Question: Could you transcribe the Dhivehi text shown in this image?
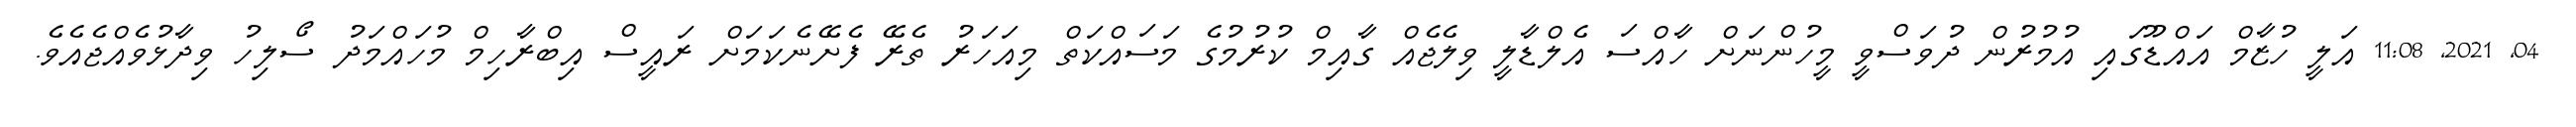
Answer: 04, 2021, 11:08 އަލީ ހުޒާމް އައްޑޫގައި އުމުރުން ދުވަސްވީ މީހުންނަށް ހާއްސަ އެލްޑާލީ ވިލެޖެއް ގާއިމް ކުރުމުގެ މަސައްކަތް މިއަހަރު ތެރޭ ފެށޭނެކަމަށް ރައީސް އިބްރާހިމް މުހައްމަދު ސޯލިހު ވިދާޅުވެއްޖެއެވެ.